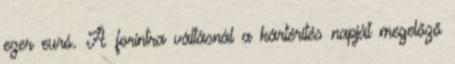
ezer euró. A forintra váltásnál a kártérítés napját megelőző